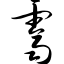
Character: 霁